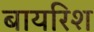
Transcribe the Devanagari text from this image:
बायरिश